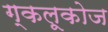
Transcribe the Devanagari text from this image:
ग्कलूकोज